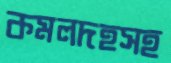
কমলদহসহ